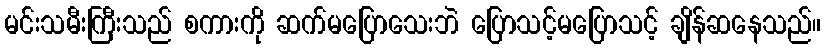
မင်းသမီးကြီးသည် စကားကို ဆက်မပြောသေးဘဲ ပြောသင့်မပြောသင့် ချိန်ဆနေသည်။